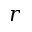
r